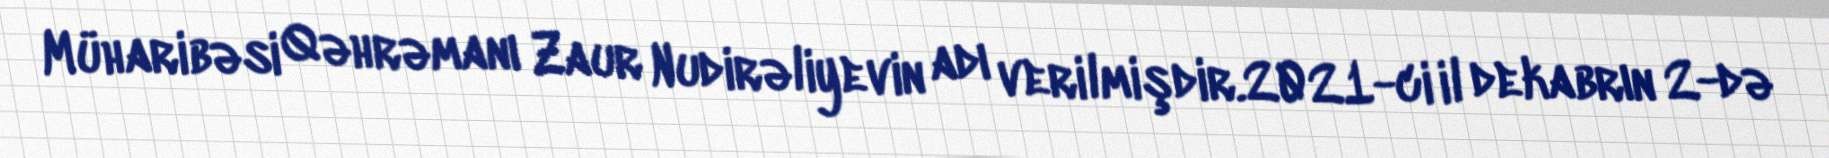
Müharibəsi Qəhrəmanı Zaur Nudirəliyevin adı verilmişdir.2021-ci il dekabrın 2-də